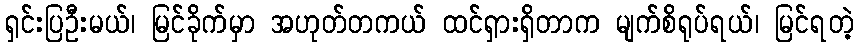
ရှင်းပြဦးမယ်၊ မြင်ခိုက်မှာ အဟုတ်တကယ် ထင်ရှားရှိတာက မျက်စိရုပ်ရယ်၊ မြင်ရတဲ့